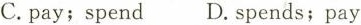
C.pay;spend D.spends;pay